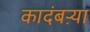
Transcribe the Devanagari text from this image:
कादंबऱ्‍या